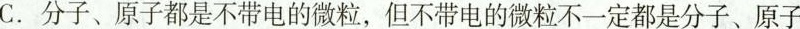
C.分子、原子都是不带电的微粒，但不带电的微粒不一定都是分子、原子